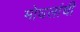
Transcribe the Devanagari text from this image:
मोघलांची